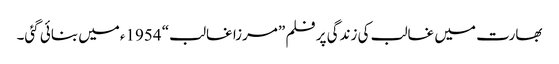
بھارت میں غالب کی زندگی پر فلم ”مرزا غالب“ 1954ءمیں بنائی گئی۔